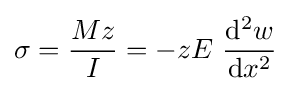
\sigma ={\frac {Mz}{I}}=-zE~{\frac {\mathrm {d} ^{2}w}{\mathrm {d} x^{2}}}